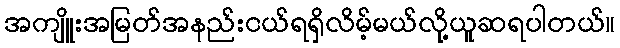
အကျိူးအမြတ်အနည်းငယ်ရရှိလိမ့်မယ်လို့ယူဆရပါတယ်။